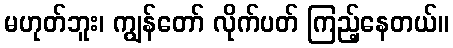
မဟုတ်ဘူး၊ ကျွန်တော် လိုက်ပတ် ကြည့်နေတယ်။